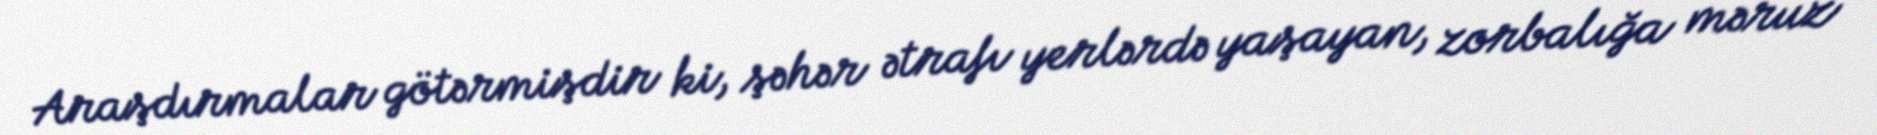
Araşdırmalar götərmişdir ki, şəhər ətrafı yerlərdə yaşayan, zorbalığa məruz